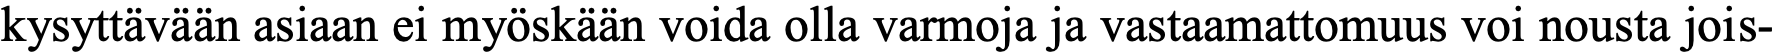
kysyttävään asiaan ei myöskään voida olla varmoja ja vastaamattomuus voi nousta jois-